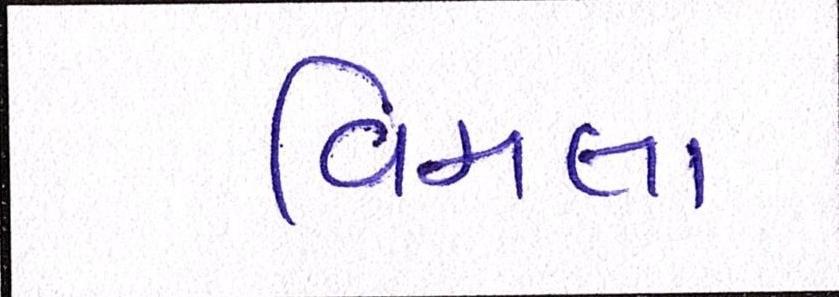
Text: વિમલા